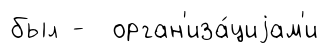
был - орган'иза́циjам'и